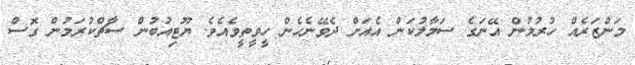
މަންޒަރެއް ހުރުމުން އޭނަގެ ސަމާލުކަން އެއަށް ދެވޭނެހެން ހީވީތީވެއެވެ. ޔޫޓިއުބުން ސާޗްކުރަމުން ގޮސް